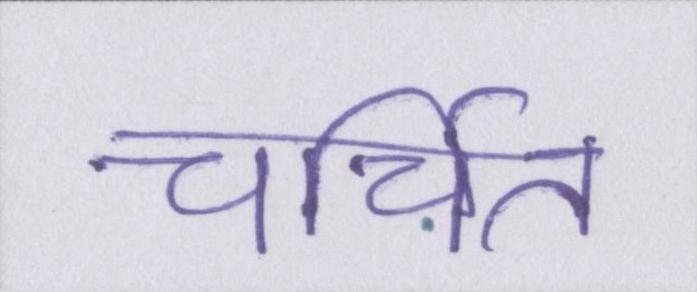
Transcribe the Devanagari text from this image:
चर्चित